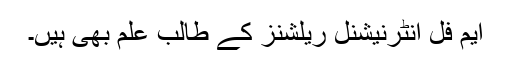
ایم فل انٹرنیشنل ریلشنز کے طالب علم بھی ہیں۔